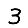
Digit: 3